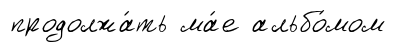
продолжа́ть ма́е альбо́мом